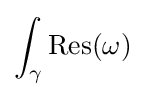
\int _{\gamma }{\text{Res}}(\omega )